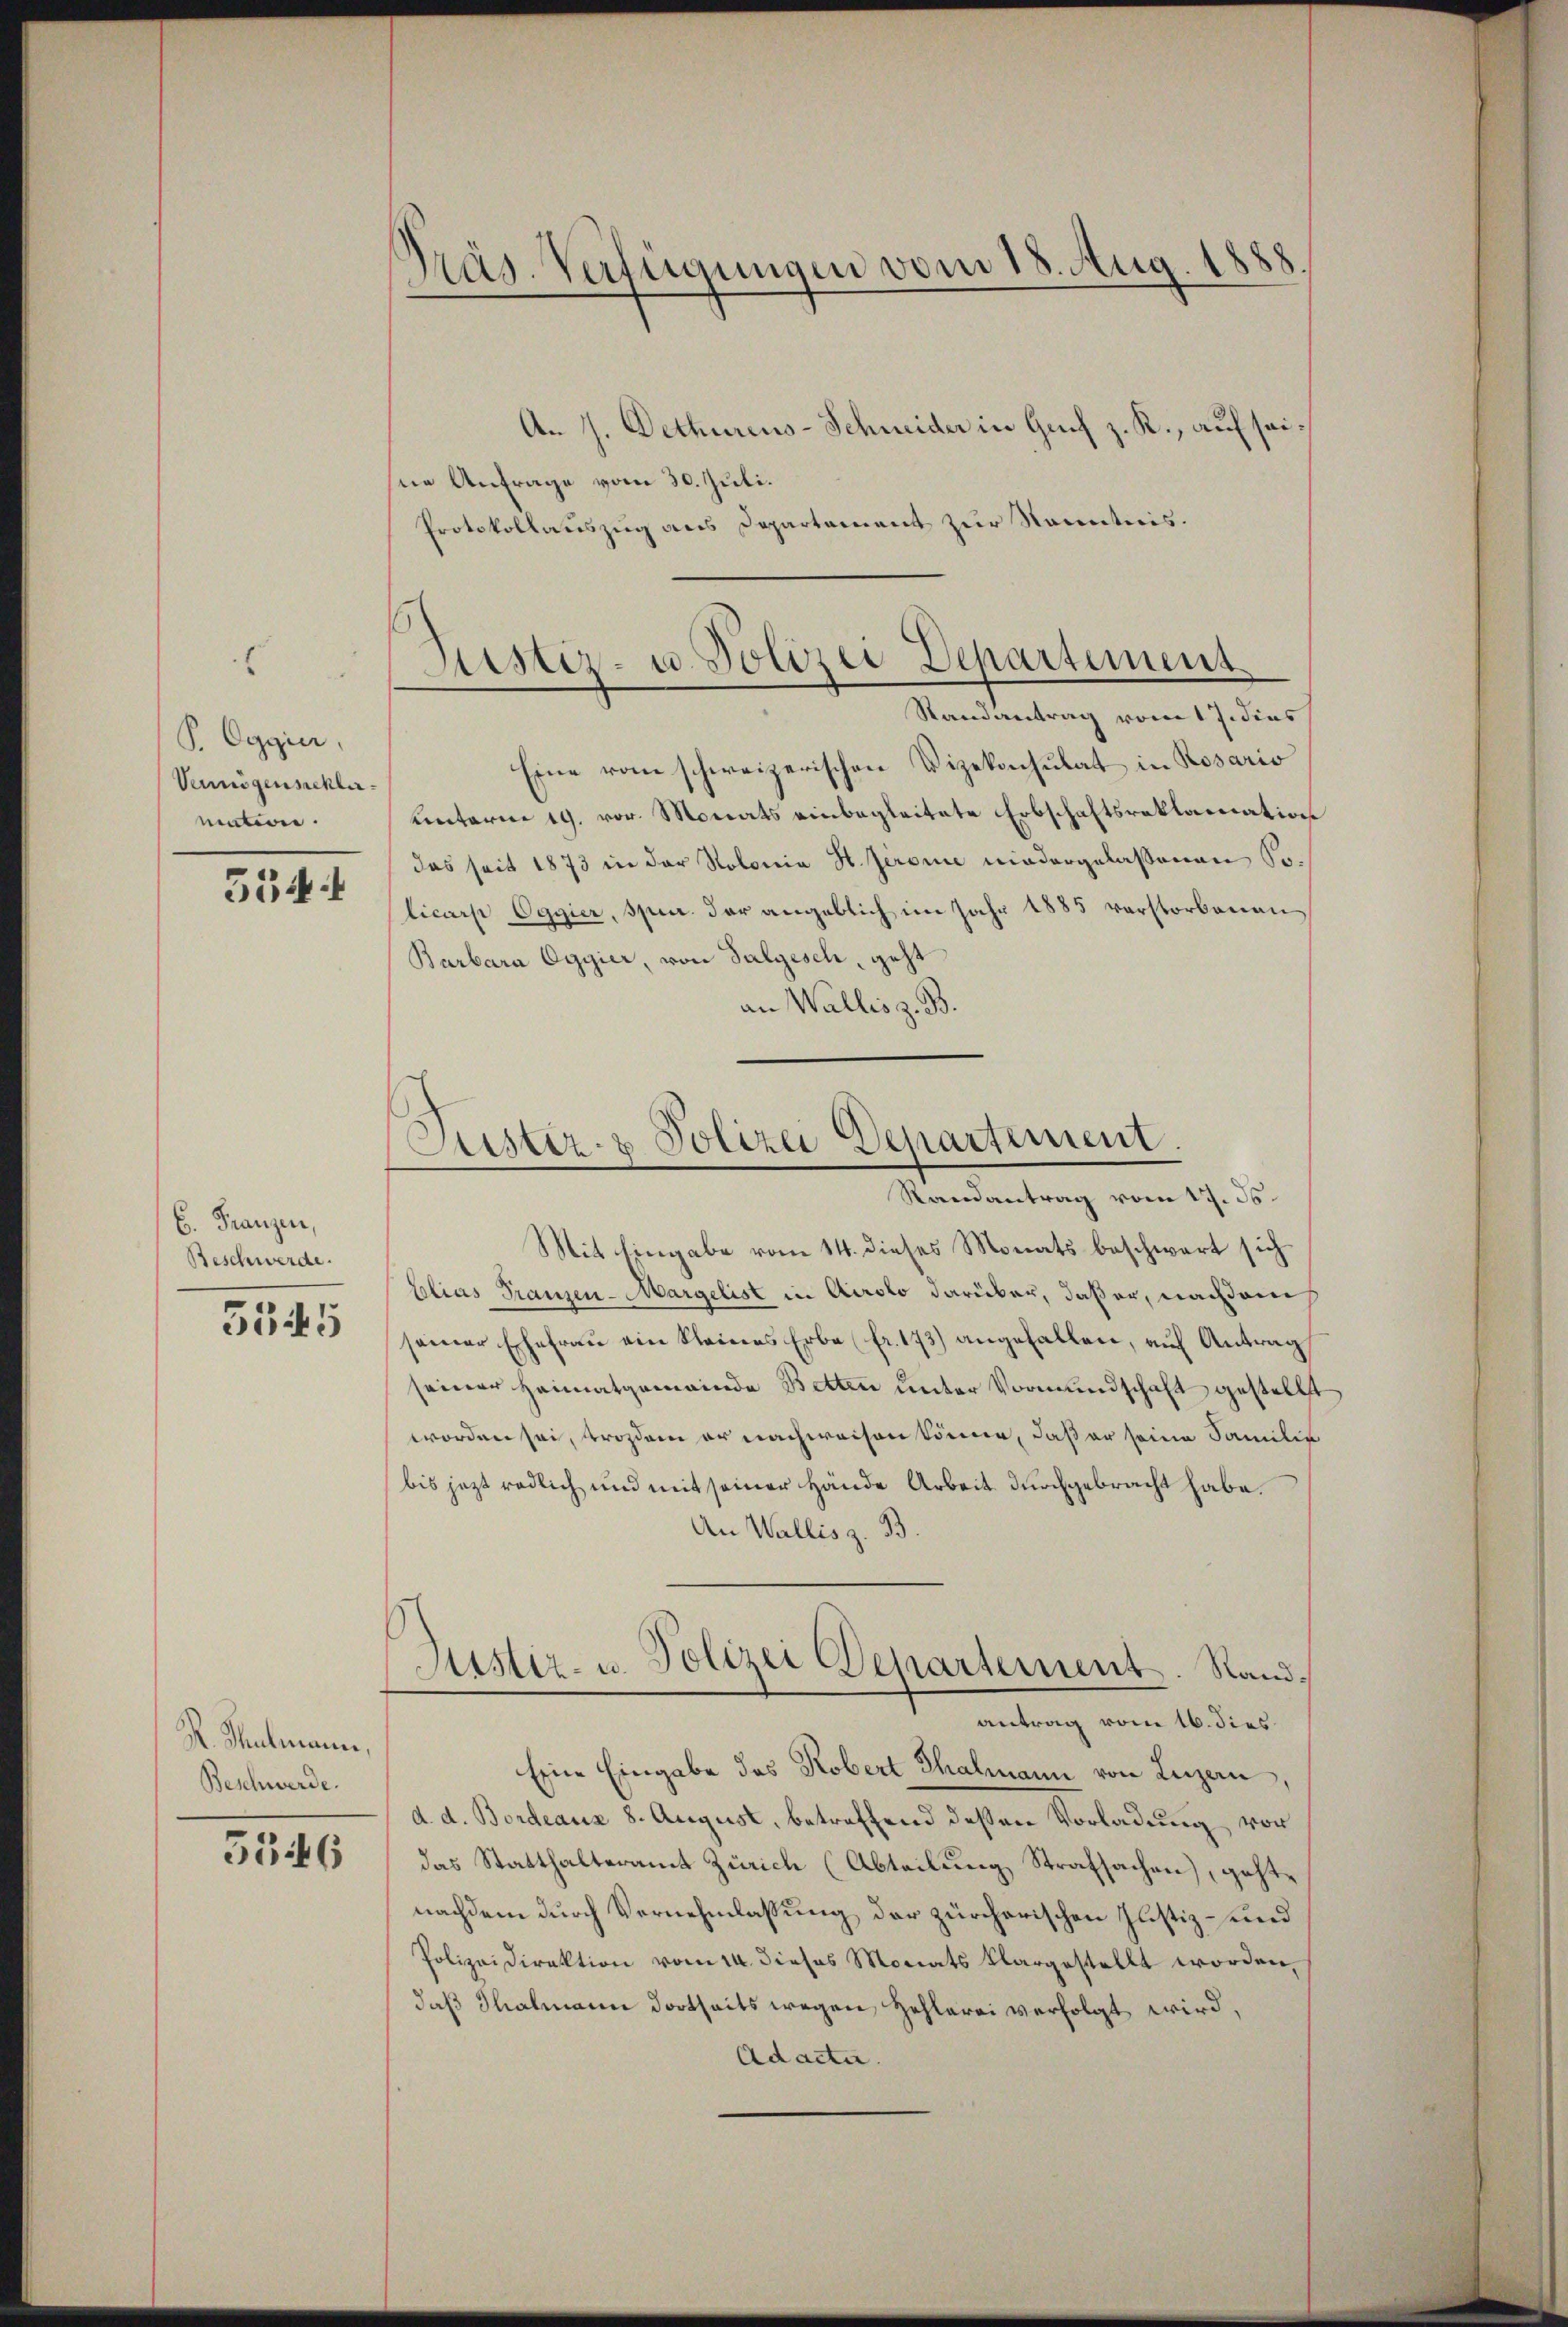
s
P. Oggier,
Vennögenschlimation.

534 f

6. Franzen,
Beschwerde.
5545

R. Thutmann,
Beschwerde.

5546

Präs. Verfügungen vom 18. Aug. 1888.

An 7. Dethureus-Schneider in Genf z. R., auf seisne Anfrage vom 30. Juli.
Protokollauszug aus Departement zur Kenntnis.
Randantrag vom 17. dies
Eine vom schweizerischen Vizekonsulat in Rosario
unterm 19. vor. Monats einbegleitete Erbschaftsreklamation
das seit 1873 in der Kolonia St. Jeromie niedergelassenen Solicarp Ogyier, spec. der angeblich im Jahr 1885 verstorbenen
Barbara Ogyier, von Salgesch, geht
an Wallis z. B.
Mit Eingabe vom 14. dieses Monats beschwert sich
Elias Franzen-Margelist in Airolo darüber, daß er, nachdem
seiner Ehefrau ein kleines Erbe (fr. 173) angefallen, auf Antrag
seiner Heimatgemeinde Betten unter Vormundschaft gestellt
worden sei, trozdem er nachweisen könner, daß er seine Familie
bis jetzt redlich und mit seiner Hande Arbeit durchgebracht habe.
An Wallis z. B.
Justiz- u. Polizei Departement. Sandantrag vom 16. dies
Eine Eingabe das Robert Thalmann von Luzern
d. d. Bordeaux 8. August, betreffend deßen Vorladung von
das Statthalteramt Zürich (Abteilung Strafsachen, geht,
nachdem durch Vernehmlassung der zürcherischen Justiz- und
Polizeidirektion vom 14. dieses Monats klargestellt worden,
daß Thalmann dortseits wegen Hehlerei verfolgt wird,
Adacta.

Sistiz- u. Polizei Departement

Justiz- & Polizei Departement.
Randantrag vom 17. ds.